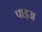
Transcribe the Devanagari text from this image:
पाइअ